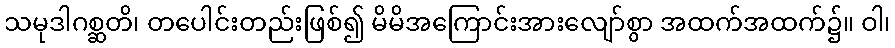
သမုဒါဂစ္ဆတိ၊ တပေါင်းတည်းဖြစ်၍ မိမိအကြောင်းအားလျော်စွာ အထက်အထက်၌။ ဝါ၊